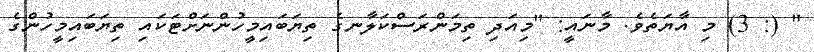
" (: 3) މި އާޔަތެވެ. މާނައީ: "މިއަދި ތިމަންރަސްކަލާނގެ ތިޔަބައިމީހުންނަށްޓަކައި ތިޔަބައިމީހުންގެ